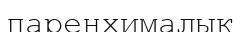
паренхималық